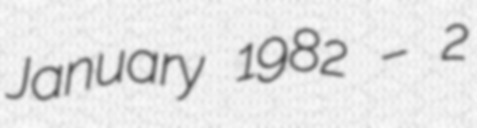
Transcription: January 1982 – 2